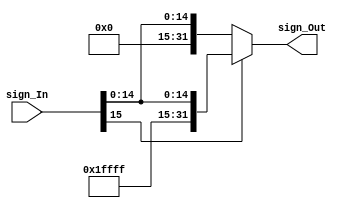
module Sign_Ex
	(
		input [15:0] sign_In,
		output [31:0] sign_Out
	);

	assign sign_Out = (sign_In[15] == 1'b0) ? {16'b0, sign_In} : {16'b1111111111111111, sign_In};

endmodule // Sign_Ex